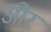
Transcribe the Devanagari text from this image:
और